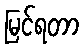
မြင်ရတာ